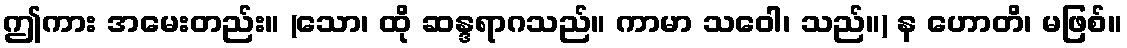
ဤကား အမေးတည်း။ (သော၊ ထို ဆန္ဒရာဂသည်။ ကာမာ သဝေါ၊ သည်။) န ဟောတိ၊ မဖြစ်။